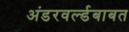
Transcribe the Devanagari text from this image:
अंडरवर्ल्डबाबत